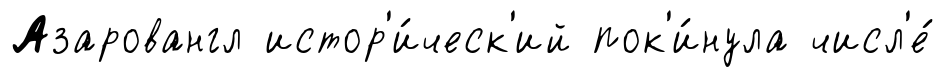
Азаровангл истор'и́ческ'ий пок'и́нула числ'е́